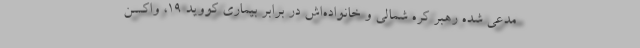
مدعی شده رهبر کره شمالی و خانواده‌اش در برابر بیماری کووید 19، واکسن